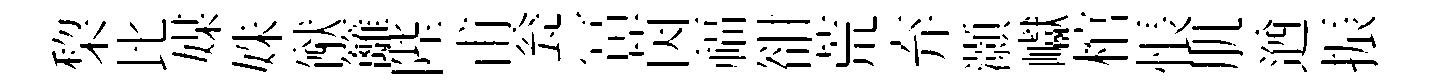
棃比媒姝猷籬陛甫瓮冨茵福𧮳荒弃灝巘棺悵肌遒振